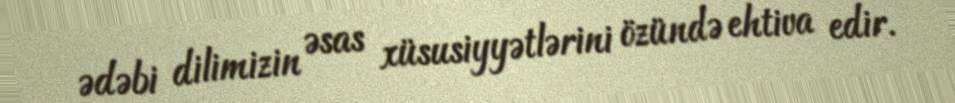
ədəbi dilimizin əsas xüsusiyyətlərini özündə ehtiva edir.